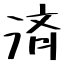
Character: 済